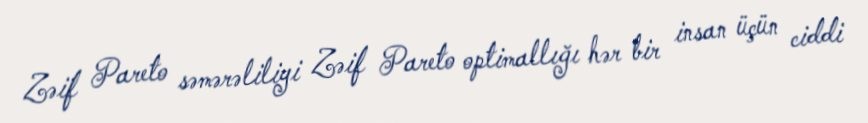
Zəif Pareto səmərəliliyi Zəif Pareto optimallığı hər bir insan üçün ciddi